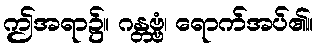
ဤအရာ၌။ ဂန္တဗ္ဗံ၊ ရောက်အပ်၏။